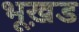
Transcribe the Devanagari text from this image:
भूख़ड